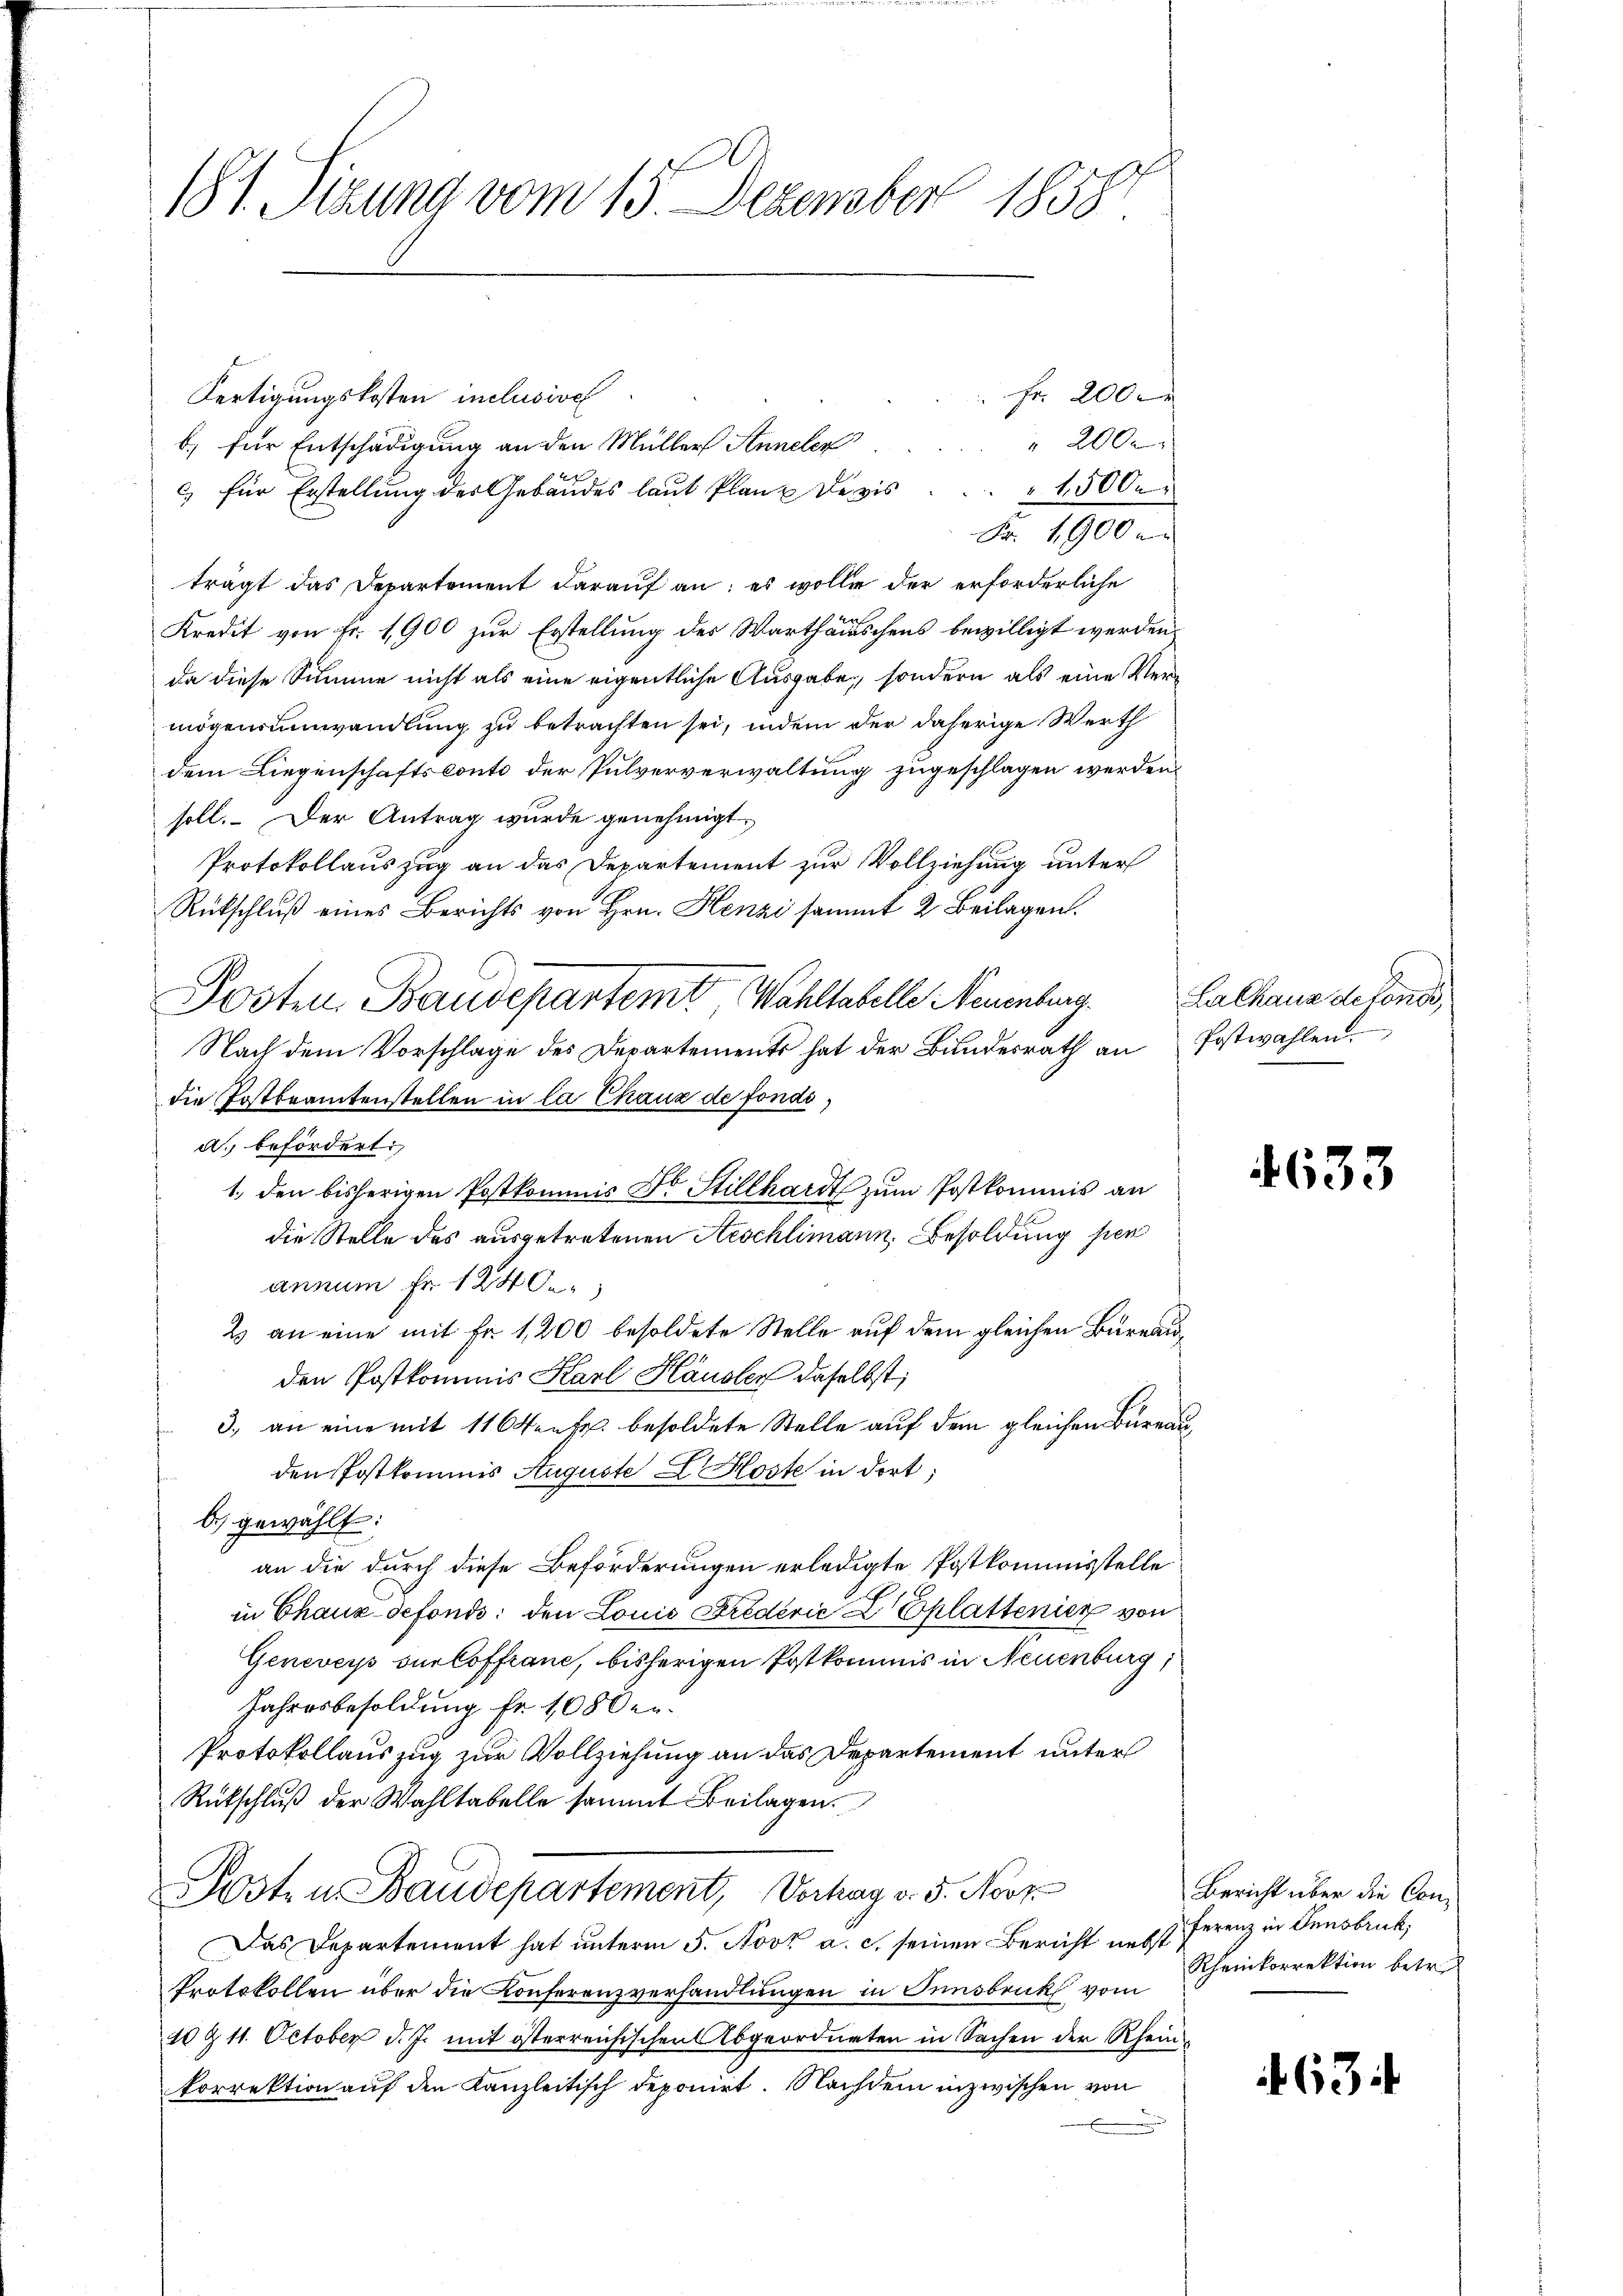
181. Sizung vom 15. Dezember 1858

Fr. 200
Fertigungskosten inclusive
200
b) für Entschädigung an den Müller Annelen
c) für Erstellung des Gebäudes laut Planz Devis . . . . 1500.
Fr. 1900
trägt das Departement darauf an: es wolle der erforderliche
Kredit von Fr. 1900 zur Erstellung der Warthausschens bewilligt werden,
da diese Summe nicht als eine eigentliche Ausgabe, sondern als eine Vermögensumwandlung zu betrachten sei, indem der daherige Werth
dem Liegenschaftsconto der Pulververwaltung zugeschlagen werden.
soll. Der Antrag wurde genehmigt.
Protokollauszug an das Departement zur Vollziehung unter
Rütschluß eines Berichts von Hrn. Henzi sammt 2 Beilagen.
Posten Baudepartemte Wahllabelle Neuenburg. Rathaus detenes,
Nach dem Vorschlage des Departements hat der Bŭndesrath an Postwahlen.
die Postbrantenstellen in la Chaux de fondia. befördert.
die Stelle des ausgetretenen Aeschlimann, Besoldung per
annum Fr. 124 de
2 an eine mit Fr. 1200 besoldete Stelle auf dem gleichen Bureauden Postkommis Karl Häusler daselbst;
3. an eine mit 116 Konst besoldete Stelle auf dem gleichen Bureau
den Postkommis Auguste L. Koste in dort;
b) gewählt:
an die durch diese Beförderungen erledigte Postkommisstelle
in Chaux-defondi: den Louis Fredević Eplattenier von
Genevers sur loffrane, bisherigen Postkommis in Neuenburg,
Jahresbesoldung fr. 1080 er
Protokollauszug zur Vollziehung an das Departement unter
Rütschluß der Wahltabelle sammt Beilagen.
Posten Baudepartement, Vorhay v. 5. Novk
Das Departement hat unterm 5. Novz a. c. seinen Bericht nebst ferenz in densbruck,
Protokollen über die Konferenzverhandlungen in Innsbruk vom
10 & 11. October d. J. mit österreichischen Abgeordneten in Sachen der Rhein¬
Porrektion auf den Kanzleitisch deponirt. Nachdem inzwischen von
.

r

1. den bisherigen Postkommis Dr Stillhardt zum Postkommis an

4633

Bericht über die Con¬
Rheinkorrektion betr.

634